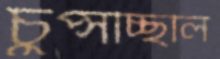
চুপ্‌সচ্ছিলি